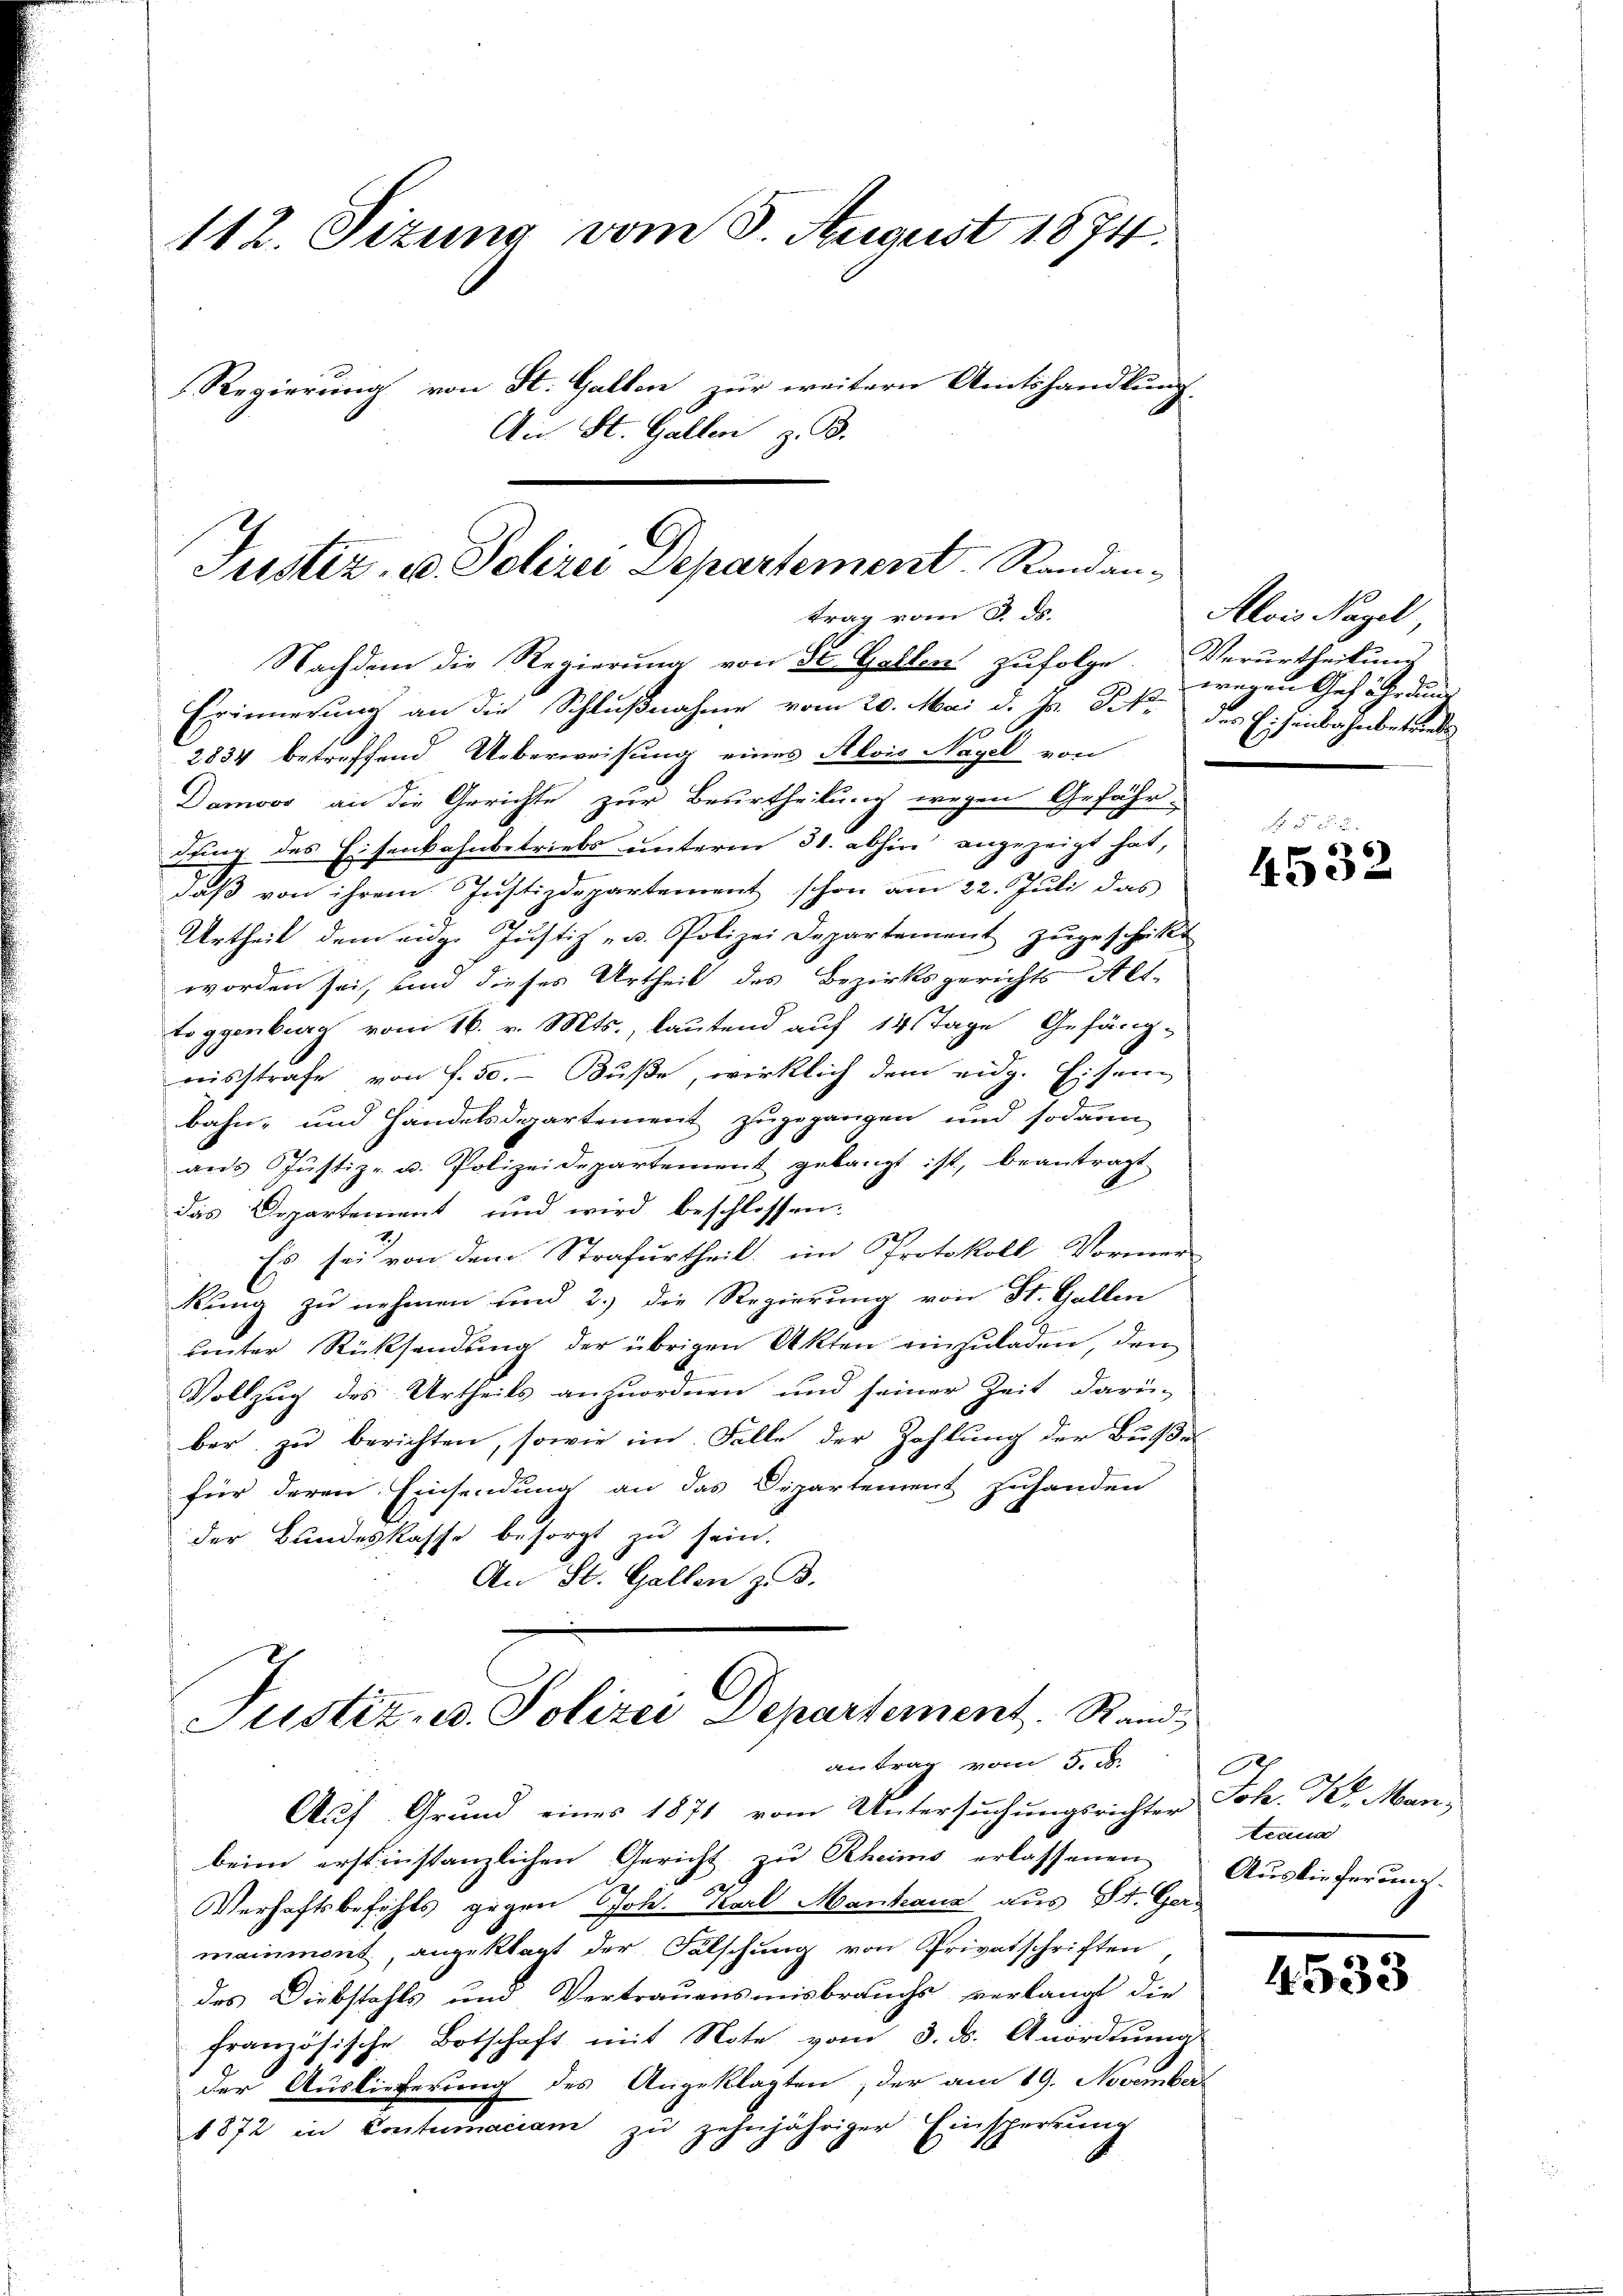
112. Sizung vom 5. August 1874.
Regierung von St. Gallen zur weitern Amtshandlung
An St. Gallen z. B.

Justiz u. Polizei Departement, Randantrag vom 8. ds.

Nachdem die Regierung von St. Gallen zufolge. Verurtheilung
Erinnerung an die Schlußnahme vom 20. Mai d. Js. Frk. des Eisenbahnbetrete
2834 betreffend Ueberweisung eines Alois Nagel von
Damoos an die Gerichte zur Beurtheilung wegen Gefähr-
dung des Eisenbahnbetriebs unterm 31. abhin angezeigt hat,
daß von ihrem Justizdepartement schon am 22. Juli das
Urtheil dem eige Justiz- u. Polizei Departement zŭgeschickt
worden sei, und dieses Urtheil des Bezirksgerichts Alt-
toggenburg vom 16. v. Mts., lautend auf 14 Tage Gefäng-
reisstrafe von S. 50. - Buße, wirklich dem eidg. Eisen
bahn- und Handelsdepartement zugegangen und sodann
ans Justiz- u. Polizeidepartement gelangt ist, beantragt
das Departement und wird beschlossen:
Es sei von dem Strafurtheil, im Protokoll Vormer-
kung zu nehmen und 2.) die Regierung von St. Gallen
binter Rücksendung der übrigen Akten einzuladen, den
Vollzug des Urtheils anzuordnen und seiner Zeit darü-
ber zu berichten, sowie im Falle der Zahlung der Buße
für deren Einsendung an das Dipartement zuhanden
der Bundeskasse besorgt zu sein.
An St. Gallen z. B.
Justiz- u. Polizei Departement. Rand
antrag vom 5. d.
Auf Grund eines 1871 vom Untersuchungsrichter
beim erstinstanzlichen Gericht zu Rheims erlassenen
Verhaftsbefehls gegen soll. Karl Mantana aus St. Ger-
mainmont, angeklagt der Fälschŭng von Privatschriften
des Diebstahls und Vertrauensmisbrauchs verlangt die
französische Botschaft mit Note vom 3. ds. Anordnung
der Auslieferung des Angeklagten, der am 19. November
1872 in Contumaciam zu zehnjähriger Einsperrung

Alois Nagel,
wegen Gefährdung

4532

Joh. W. Man
traue
Auslieferung.

4533